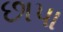
છાપા